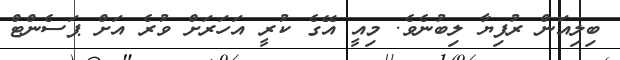
ބިލިއަން ރުފިޔާ ލިބުނެވެ. މިއީ އޭގެ ކުރީ އަހަރަށް ވުރެ އަށް ޕަސެންޓް